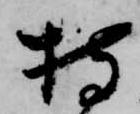
持